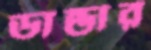
ডান্ডার